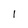
Character: l